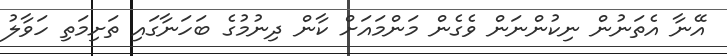
އޭނާ އެތަނުން ނިކުންނަން ވެގެން މަންމައަށް ކާން ދިނުމުގެ ބަހަނާގައި ތަށިމަތި ހަވާލު